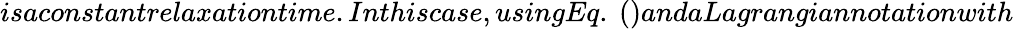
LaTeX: isaconstantrelaxationtime.Inthiscase,usingEq.~()andaLagrangiannotationwith